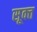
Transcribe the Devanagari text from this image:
सूक्‍त